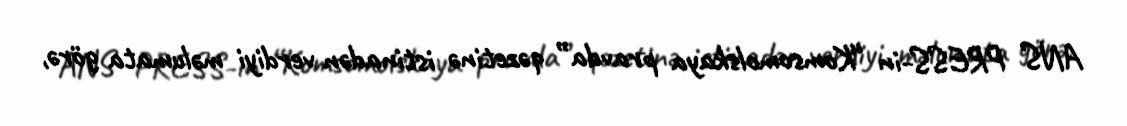
ANS PRESS-in “Komsomolskaya pravda” qəzetinə istinadən verdiyi məlumata görə,